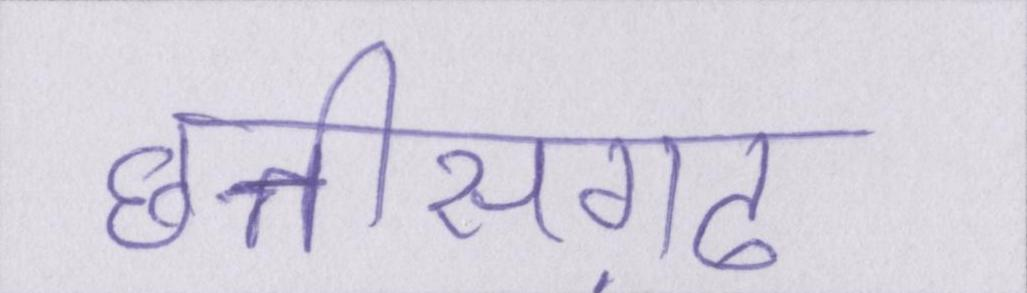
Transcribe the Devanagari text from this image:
छत्तीसग़ढ